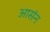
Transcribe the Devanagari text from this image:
आसंन